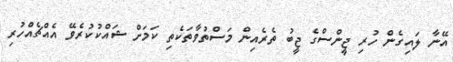
އޭނާ ލައިގެން ހުރި ޖީންސްގެ ޖީބު ތެރެއިން މަސްތުވާތަކެތި ކަމަށް ޝައްކުކުރެވޭ އެއްޗެއްހުރި